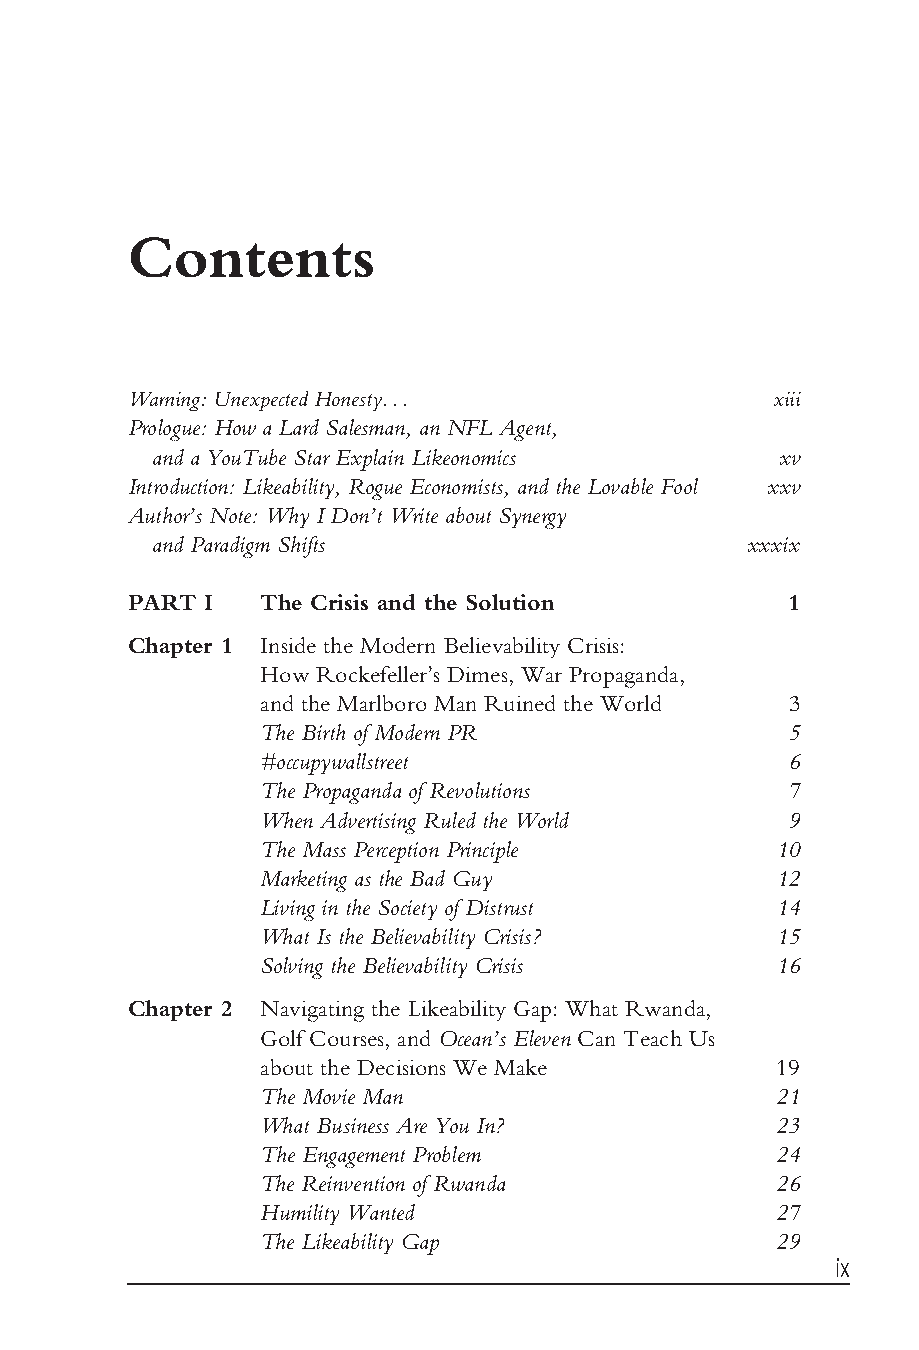
Contents
 Warning: Unexpected Honesty...            xiii
 Prologue: How a Lard Salesman, an NFL Agent,
 and a YouTube Star Explain Likeonomics    xv
 Introduction: Likeability, Rogue Economists, and the Lovable Fool xxv
 Author’s Note: Why I Don’t Write about Synergy
 and Paradigm Shifts                     xxxix
 PART I  The Crisis and the Solution        1
 Chapter 1 Inside the Modern Believability Crisis:
 How Rockefeller’s Dimes, War Propaganda,
 and the Marlboro Man Ruined the World 3
 The Birth of Modern PR             5
 #occupywallstreet                  6
 The Propaganda of Revolutions      7
 When Advertising Ruled the World   9
 The Mass Perception Principle      10
 Marketing as the Bad Guy           12
 Living in the Society of Distrust  14
 What Is the Believability Crisis?  15
 Solving the Believability Crisis   16
 Chapter 2 Navigating the Likeability Gap: What Rwanda,
 Golf Courses, and Ocean’s Eleven Can Teach Us
 about the Decisions We Make        19
 The Movie Man                      21
 What Business Are You In?          23
 The Engagement Problem             24
 The Reinvention of Rwanda          26
 Humility Wanted                    27
 The Likeability Gap                29
 ix